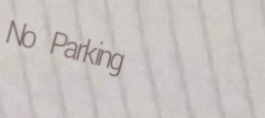
No Parking